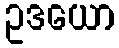
ဥဒယော